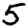
Digit: 5